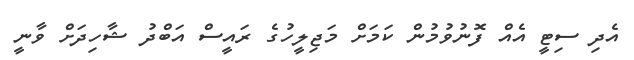
އެދި ސިޓީ އެއް ފޮނުވުމުން ކަމަށް މަޖިލީހުގެ ރައީސް އަބްދު ޝާހިދަށް ވާނީ